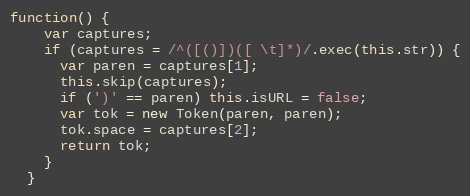
Language: JavaScript
function() {
    var captures;
    if (captures = /^([()])([ \t]*)/.exec(this.str)) {
      var paren = captures[1];
      this.skip(captures);
      if (')' == paren) this.isURL = false;
      var tok = new Token(paren, paren);
      tok.space = captures[2];
      return tok;
    }
  }